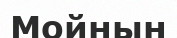
Мойнын